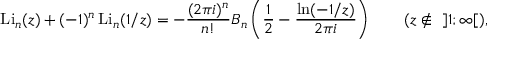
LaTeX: \operatorname { L i } _ { n } ( z ) + ( - 1 ) ^ { n } \operatorname { L i } _ { n } ( 1 / z ) = - { \frac { ( 2 \pi i ) ^ { n } } { n ! } } B _ { n } \left( { \frac { 1 } { 2 } } - { \frac { \ln ( - 1 / z ) } { 2 \pi i } } \right) \qquad ( z \not \in ~ ] 1 ; \infty [ ) ,